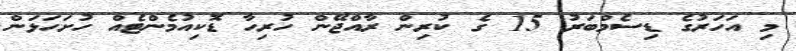
މި އަހަރުގެ ޑިސެމްބަރު 15 ގެ ކުރިން ރާއްޖޭން ހުރިހާ ޑޮކިއުމެންޓެއް ހުށަހަޅަން